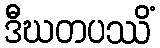
ဒီဃတပဿိံ